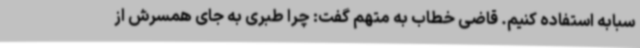
سبابه استفاده کنیم. قاضی خطاب به متهم گفت: چرا طبری به جای همسرش از